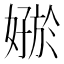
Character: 𪦟